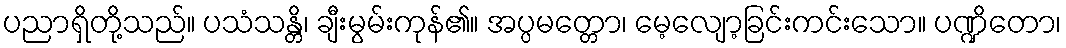
ပညာရှိတို့သည်။ ပသံသန္တိ၊ ချီးမွမ်းကုန်၏။ အပ္ပမတ္တော၊ မေ့လျော့ခြင်းကင်းသော။ ပဏ္ဍိတော၊